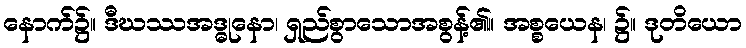
နောက်၌။ ဒီဃဿအဒ္ဓုနော၊ ရှည်စွာသောအစွန့်၏။ အစ္စယေန၊ ၌။ ဒုတိယော